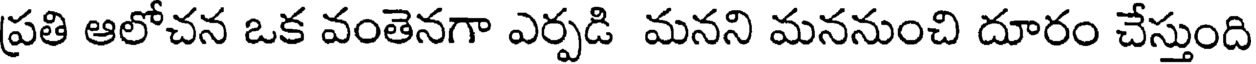
ప్రతి ఆలోచన ఒక వంతెనగా ఎర్పడి మనని మననుంచి దూరం చేస్తుంది